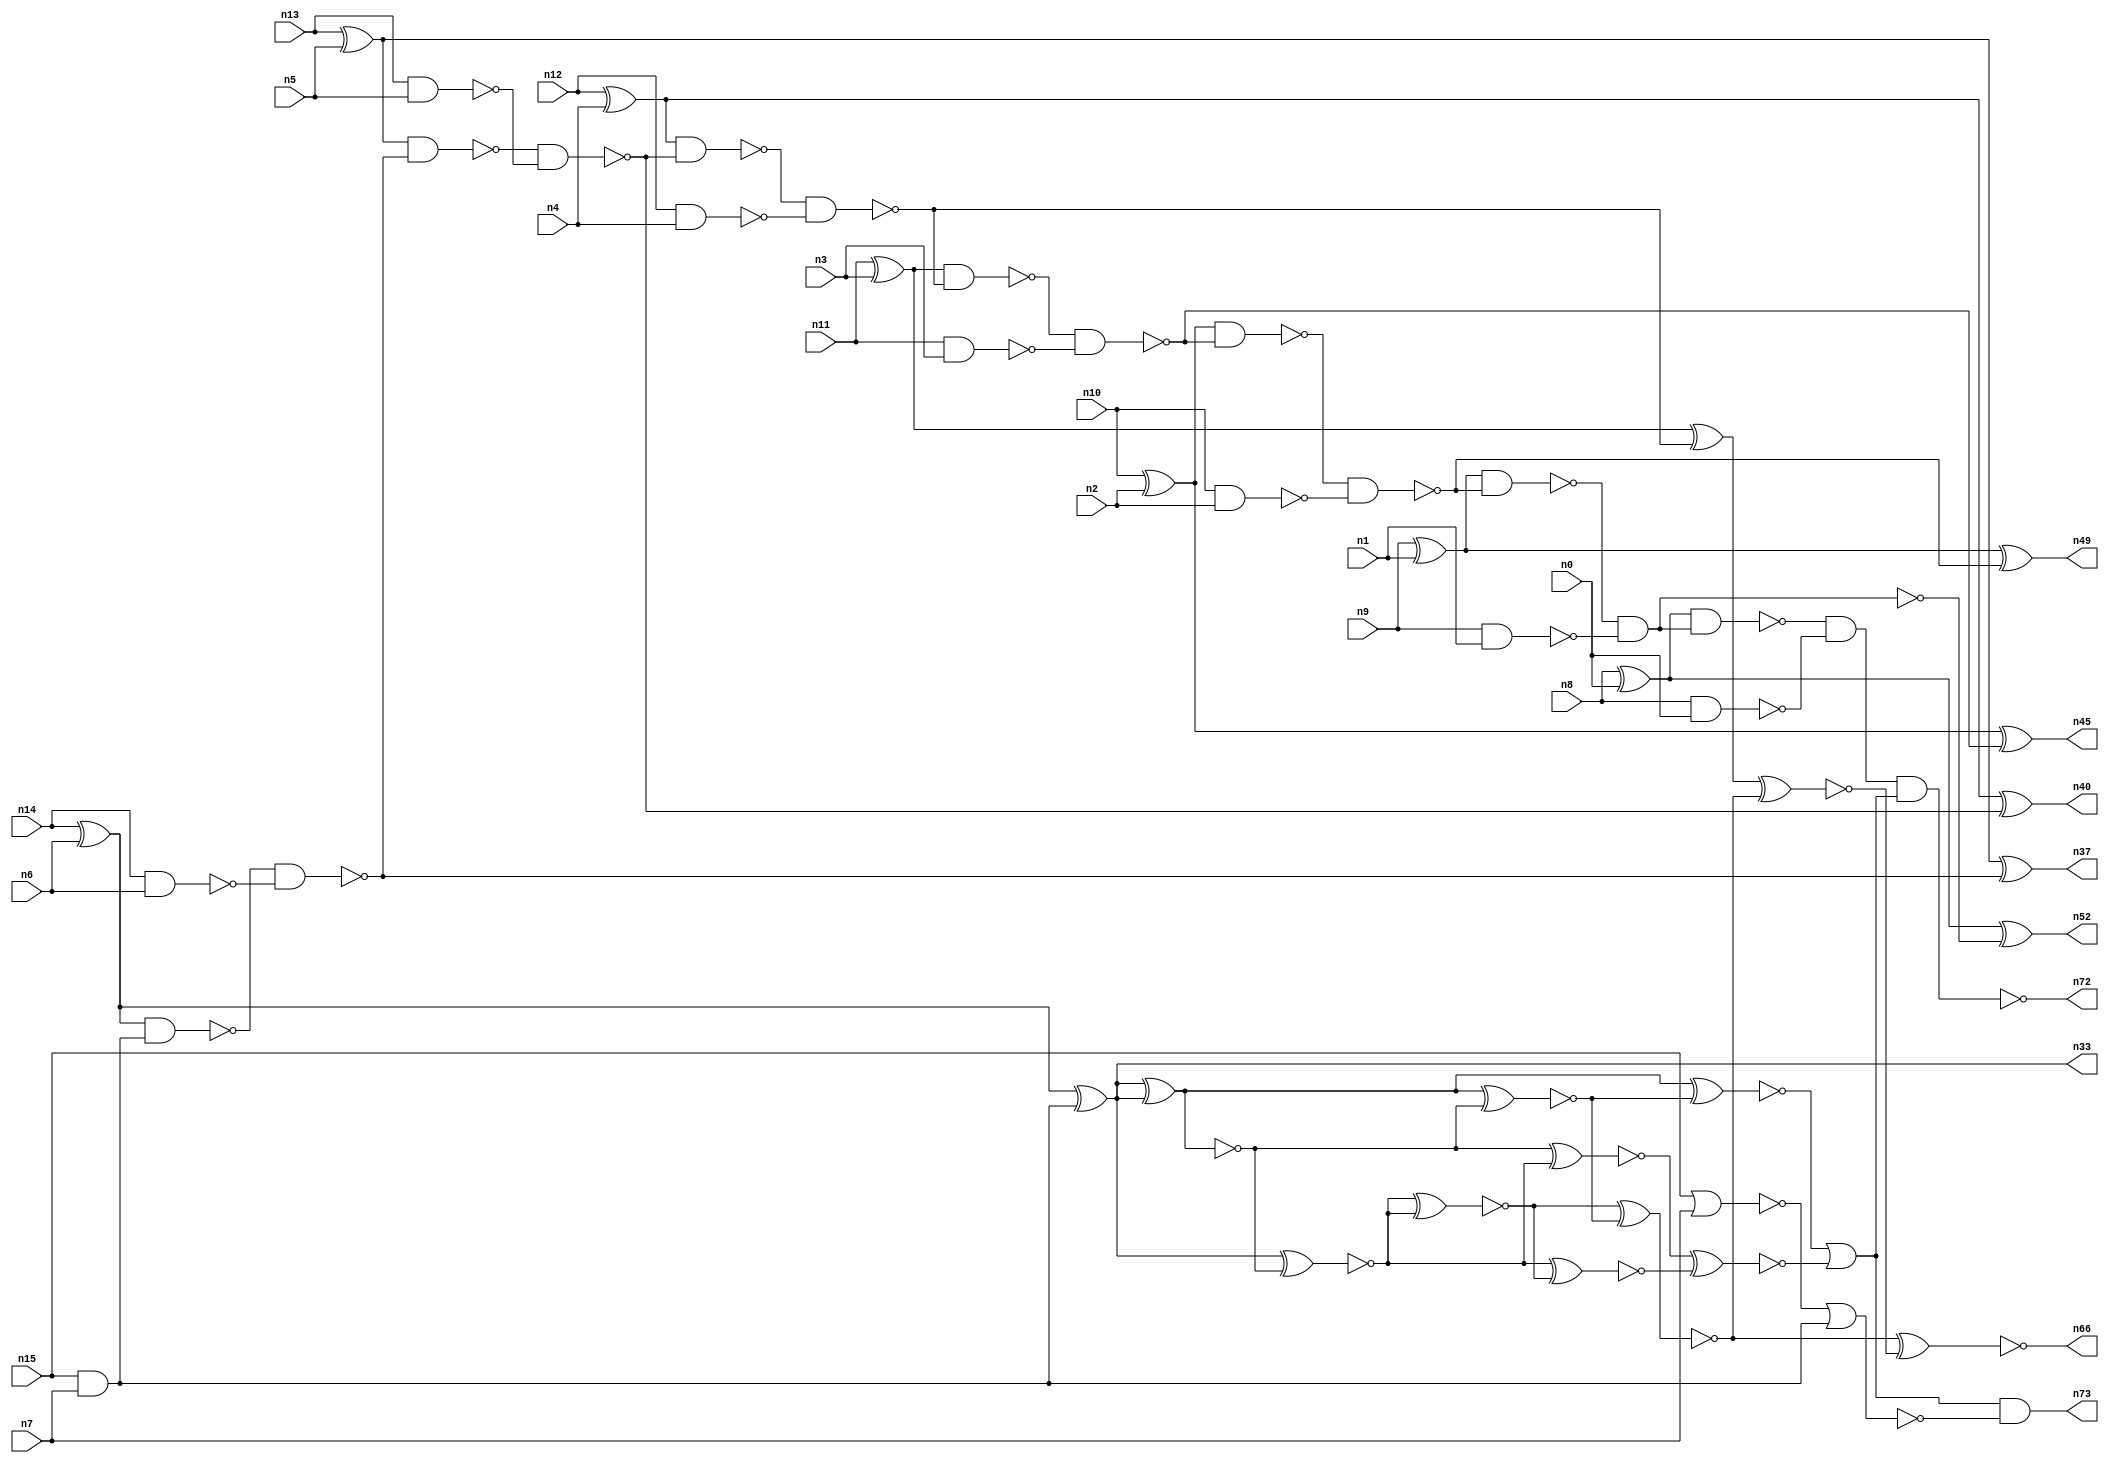
// This file contains a pareto-optimal circuit with respect to pdp and the fault-resilince parameter p_fault which is defined as:
// "For all input vectors, the ratio of the no. of faults observable at the POs to the no. of total possible faults in the circuit".
// This code is part of the ReCkt library (https://github.com/umar-afzaal/ReCkt) distributed under The MIT License.
// When used, please cite the following article(s):
// U. Afzaal, A.S. Hassan, M. Usman and J.A. Lee, "On the Evolutionary Synthesis of Increased Fault-resilience Arithmetic Circuits".

// p_fault = 72.1 %    (Lower is better)
// gates = 58.0
// levels = 17
// area = 82.56    (For MCNC library relative to nand2)
// power = 431.3 uW    (Berkely-SIS for MCNC library @ Vdd=5V and 20 MHz clock)
// delay = 18.8 ns    (Berkely-ABC for MCNC library)
// PDP = 8.10844e-12 J

// Pin mapping:
// {n0, n1, n2, n3, n4, n5, n6, n7} = A[7:0]
// {n8, n9, n10, n11, n12, n13, n14, n15} = B[7:0]
// {n72, n52, n49, n45, n66, n40, n37, n33, n73} = O[8:0]

module addr8s_pdp_13 (
n0, n1, n2, n3, n4, n5, n6, n7, n8, n9, n10, n11, n12, n13, n14, n15, 
n72, n52, n49, n45, n66, n40, n37, n33, n73
);

input n0, n1, n2, n3, n4, n5, n6, n7, n8, n9, n10, n11, n12, n13, n14, n15;
output n72, n52, n49, n45, n66, n40, n37, n33, n73;
wire n22, n42, n28, n21, n54, n71, n30, n16, n27, n24, n56, n20, n53, n32, n64, n18, n67, n55, n63, n51, 
n70, n31, n39, n25, n58, n41, n26, n35, n29, n17, n38, n19, n34, n43, n61, n62, n65, n50, n69, n46, 
n47, n59, n23, n36, n48, n57, n60, n68, n44;

xor (n16, n9, n1);
xor (n17, n10, n2);
xor (n18, n8, n0);
nand (n19, n14, n6);
nand (n20, n10, n2);
nand (n21, n13, n5);
and (n22, n15, n7);
nor (n23, n15, n7);
xor (n24, n13, n5);
xor (n25, n14, n6);
nand (n26, n12, n4);
xor (n27, n11, n3);
xor (n28, n12, n4);
nand (n29, n11, n3);
nand (n30, n9, n1);
nand (n31, n8, n0);
nand (n32, n25, n22);
xor (n33, n25, n22);
nor (n34, n23, n22);
nand (n35, n32, n19);
nand (n36, n24, n35);
xor (n37, n24, n35);
nand (n38, n36, n21);
nand (n39, n28, n38);
xor (n40, n28, n38);
nand (n41, n39, n26);
nand (n42, n27, n41);
xor (n43, n27, n41);
nand (n44, n42, n29);
xor (n45, n17, n44);
nand (n46, n17, n44);
nand (n47, n46, n20);
nand (n48, n16, n47);
xor (n49, n16, n47);
and (n50, n48, n30);
nand (n51, n48, n30);
xor (n52, n18, n51);
nand (n53, n18, n50);
nand (n54, n53, n31);
xnor (n55, n33, n33);
xnor (n56, n33, n33);
nand (n57, n54, n54);
xnor (n58, n33, n33);
xnor (n59, n33, n58);
nand (n60, n55, n56);
xnor (n61, n33, n58);
xnor (n62, n60, n55);
xnor (n63, n59, n61);
xnor (n64, n63, n62);
xnor (n65, n43, n64);
xnor (n66, n64, n65);
xnor (n67, n60, n62);
xnor (n68, n61, n63);
xnor (n69, n56, n59);
xnor (n70, n69, n68);
or (n71, n67, n70);
nand (n72, n57, n71);
and (n73, n71, n34);

endmodule